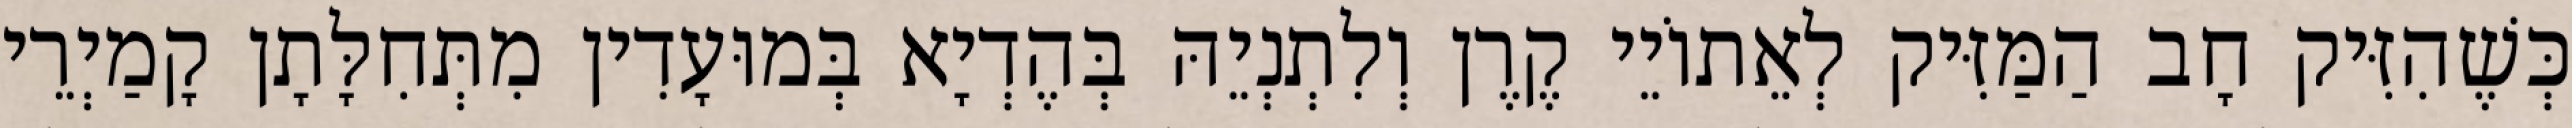
כְּשֶׁהִזִּיק חָב הַמַּזִּיק לְאֵתוֹיֵי קֶרֶן וְלִתְנְיֵהּ בְּהֶדְיָא בְּמוּעָדִין מִתְּחִלָּתָן קָמַיְרֵי